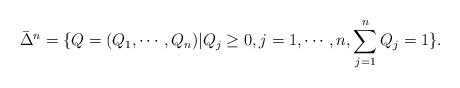
LaTeX: \begin{align*}\bar\Delta^n=\{Q=(Q_1,\cdots,Q_n)|Q_j\geq0,j=1,\cdots,n,\sum_{j=1}^nQ_j=1\}.\end{align*}